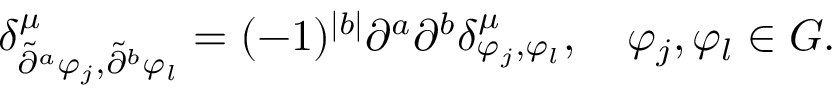
\delta _ { \tilde { \partial } ^ { a } \varphi _ { j } , \tilde { \partial } ^ { b } \varphi _ { l } } ^ { \mu } = ( - 1 ) ^ { | b | } \partial ^ { a } \partial ^ { b } \delta _ { \varphi _ { j } , \varphi _ { l } } ^ { \mu } , \quad \varphi _ { j } , \varphi _ { l } \in { \cal G } .